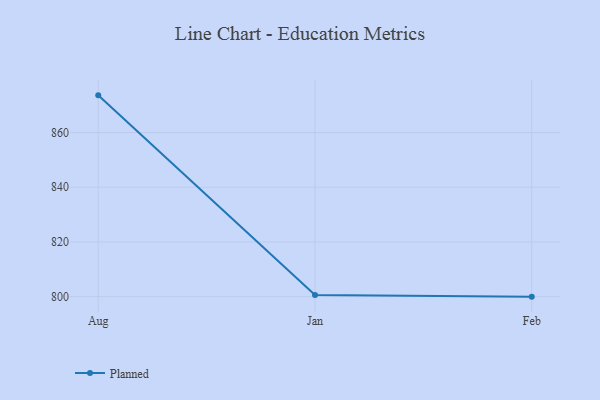
{"axis": {"x": "Month", "y": "Revenue (USD Million)"}, "legend": ["Planned"], "data": [{"x": "Aug", "y": 873.6, "type": "Planned"}, {"x": "Jan", "y": 800.6, "type": "Planned"}, {"x": "Feb", "y": 800, "type": "Planned"}]}